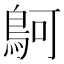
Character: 鴚